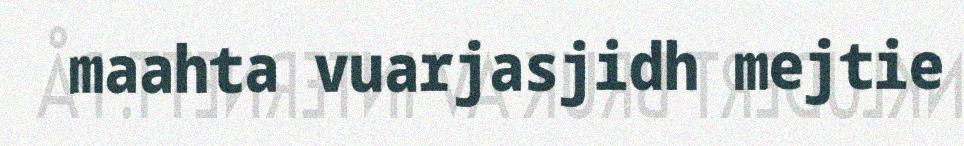
maahta vuarjasjidh mejtie